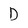
Character: D